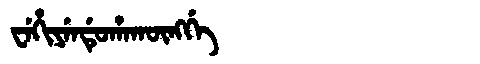
Manchu: ᠸᡝᡥᡳᠶᡝᠨᡩᡠᡥᠠᡴᡡᠩᡤᡝ
Romanization: WEHIYENDUHAKŪNGGE